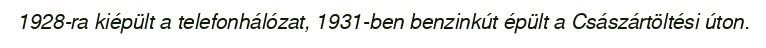
1928-ra kiépült a telefonhálózat, 1931-ben benzinkút épült a Császártöltési úton.